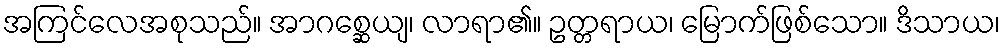
အကြင်လေအစုသည်။ အာဂစ္ဆေယျ၊ လာရာ၏။ ဥတ္တရာယ၊ မြောက်ဖြစ်သော။ ဒိသာယ၊